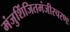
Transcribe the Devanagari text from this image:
मंजुशिंजितमंजीरचरणः